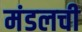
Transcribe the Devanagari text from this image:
मंडलची